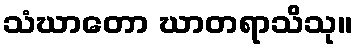
သံဃာတော ဃာတရာသိသု။